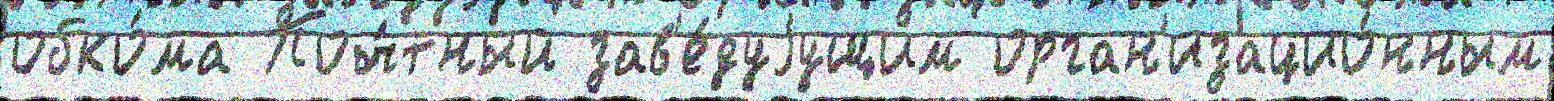
обко́ма Поч́тный зав'е́дуjущим орган'изацио́нным